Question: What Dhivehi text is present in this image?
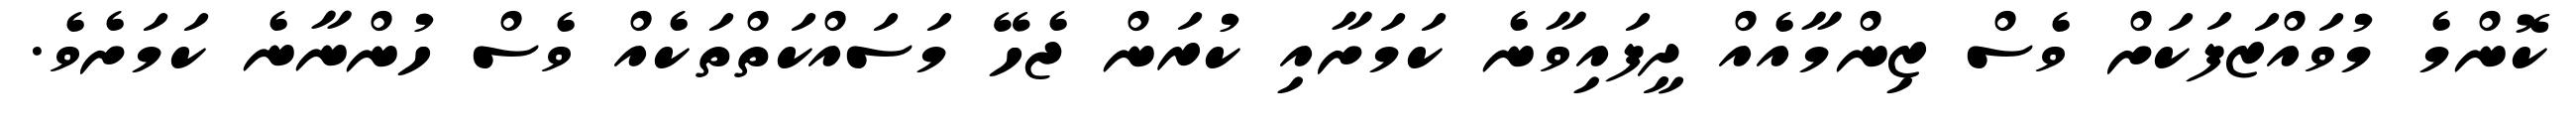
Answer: ކޮންމެ މުވައްޒަފަކަށް ވެސް ޒިންމާއެއް ދީފައިވާނެ ކަމަށާއި ކުރަން ޖެހޭ މަސައްކަތްތަކެއް ވެސް ހުންނާނެ ކަމަށެވެ.